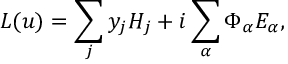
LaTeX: L ( u ) = \sum _ { j } y _ { j } H _ { j } + i \sum _ { \alpha } \Phi _ { \alpha } E _ { \alpha } ,